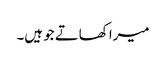
میرا کھاتے جو ہیں۔